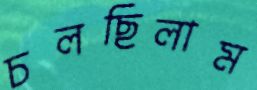
চলছিলাম